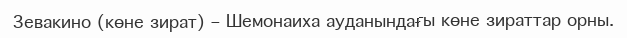
Зевакино (көне зират) – Шемонаиха ауданындағы көне зираттар орны.